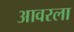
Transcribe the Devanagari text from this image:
आवरला